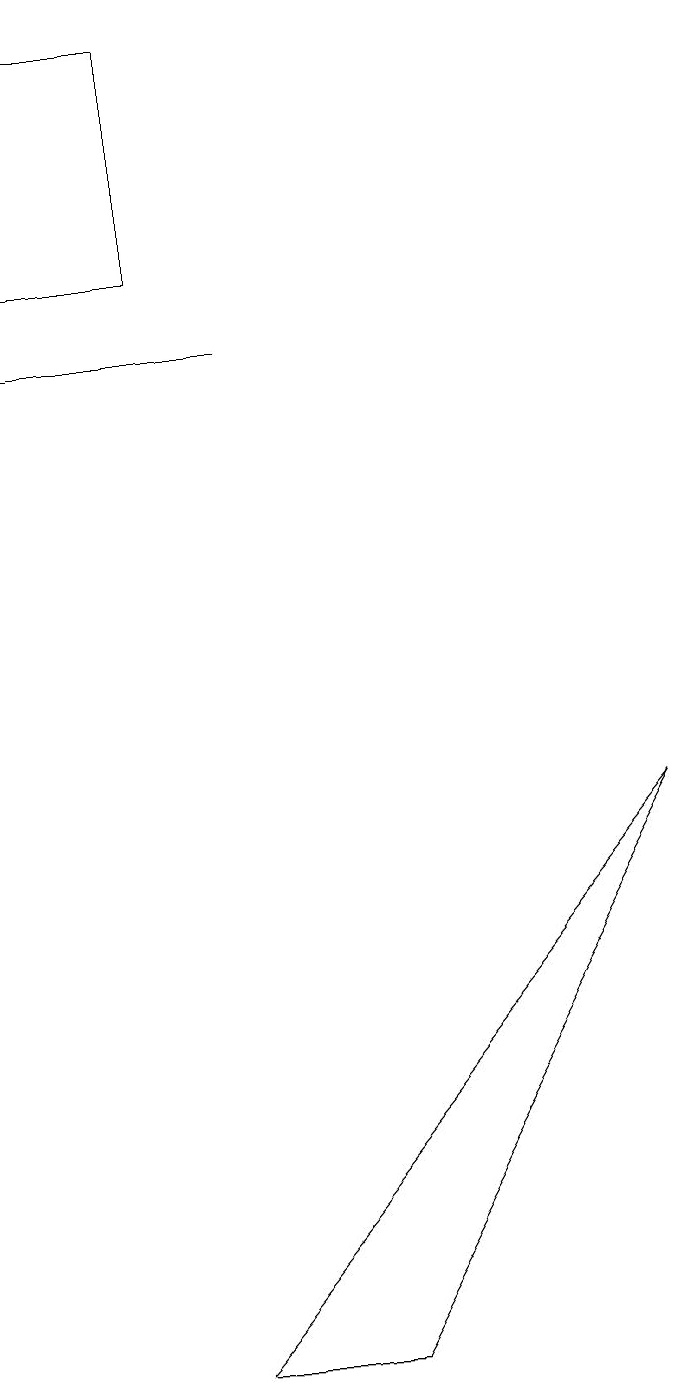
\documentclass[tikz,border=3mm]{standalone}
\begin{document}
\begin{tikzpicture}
\draw (3,17) rectangle (1,14);
\draw[->] (4,13) -- (1,13);
\draw (9,7) -- (5,0) -- (3,0) -- cycle;
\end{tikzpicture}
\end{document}